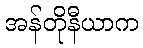
အန်တိုနီယာက